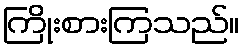
ကြိုးစားကြသည်။